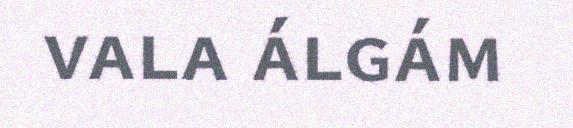
vala álgám